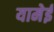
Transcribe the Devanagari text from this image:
यामेई